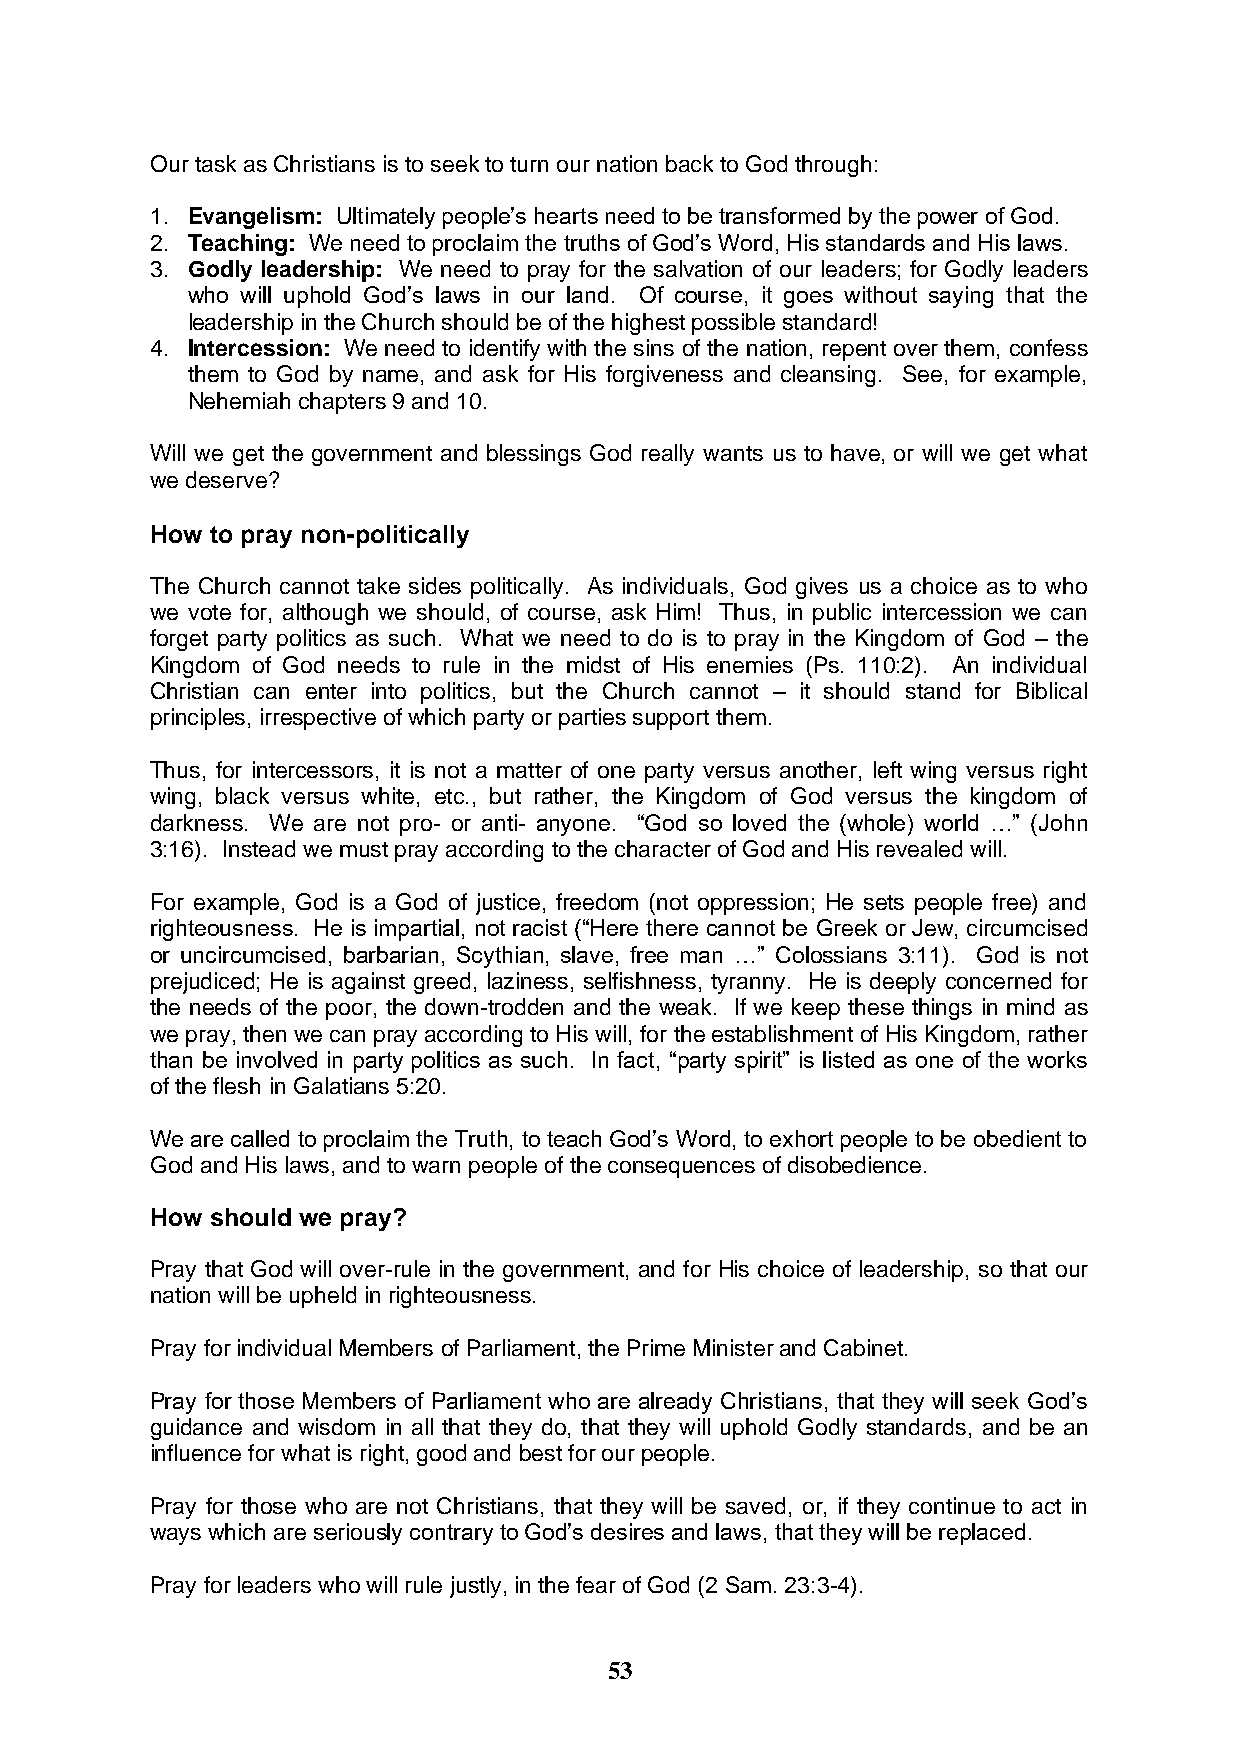
Our task as Christians is to seek to turn our nation back to God through:
 1. Evangelism: Ultimately people’s hearts need to be transformed by the power of God.
 2. Teaching: We need to proclaim the truths of God’s Word, His standards and His laws.
 3. Godly leadership: We need to pray for the salvation of our leaders; for Godly leaders
 who will uphold God’s laws in our land. Of course, it goes without saying that the
 leadership in the Church should be of the highest possible standard!
 4. Intercession: We need to identify with the sins of the nation, repent over them, confess
 them to God by name, and ask for His forgiveness and cleansing. See, for example,
 Nehemiah chapters 9 and 10.
 Will we get the government and blessings God really wants us to have, or will we get what
 we deserve?
 How to pray non-politically
 The Church cannot take sides politically. As individuals, God gives us a choice as to who
 we vote for, although we should, of course, ask Him! Thus, in public intercession we can
 forget party politics as such. What we need to do is to pray in the Kingdom of God – the
 Kingdom of God needs to rule in the midst of His enemies (Ps. 110:2). An individual
 Christian can enter into politics, but the Church cannot – it should stand for Biblical
 principles, irrespective of which party or parties support them.
 Thus, for intercessors, it is not a matter of one party versus another, left wing versus right
 wing, black versus white, etc., but rather, the Kingdom of God versus the kingdom of
 darkness. We are not pro- or anti- anyone. “God so loved the (whole) world …” (John
 3:16). Instead we must pray according to the character of God and His revealed will.
 For example, God is a God of justice, freedom (not oppression; He sets people free) and
 righteousness. He is impartial, not racist (“Here there cannot be Greek or Jew, circumcised
 or uncircumcised, barbarian, Scythian, slave, free man …” Colossians 3:11). God is not
 prejudiced; He is against greed, laziness, selfishness, tyranny. He is deeply concerned for
 the needs of the poor, the down-trodden and the weak. If we keep these things in mind as
 we pray, then we can pray according to His will, for the establishment of His Kingdom, rather
 than be involved in party politics as such. In fact, “party spirit” is listed as one of the works
 of the flesh in Galatians 5:20.
 We are called to proclaim the Truth, to teach God’s Word, to exhort people to be obedient to
 God and His laws, and to warn people of the consequences of disobedience.
 How should we pray?
 Pray that God will over-rule in the government, and for His choice of leadership, so that our
 nation will be upheld in righteousness.
 Pray for individual Members of Parliament, the Prime Minister and Cabinet.
 Pray for those Members of Parliament who are already Christians, that they will seek God’s
 guidance and wisdom in all that they do, that they will uphold Godly standards, and be an
 influence for what is right, good and best for our people.
 Pray for those who are not Christians, that they will be saved, or, if they continue to act in
 ways which are seriously contrary to God’s desires and laws, that they will be replaced.
 Pray for leaders who will rule justly, in the fear of God (2 Sam. 23:3-4).
 53